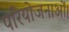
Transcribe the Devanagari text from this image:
परियोजनाओं।